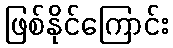
ဖြစ်နိုင်ကြောင်း